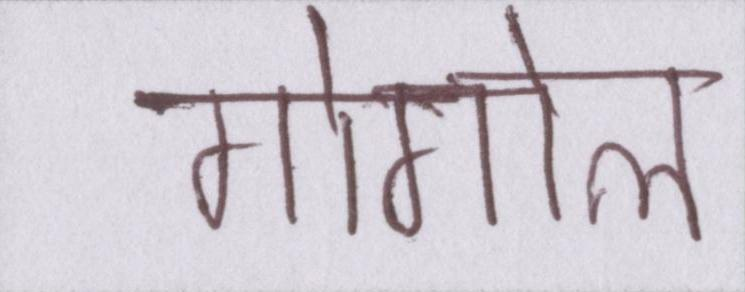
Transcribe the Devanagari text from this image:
गोगोल